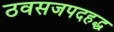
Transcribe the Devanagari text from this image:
ठवसजपदहद्ध